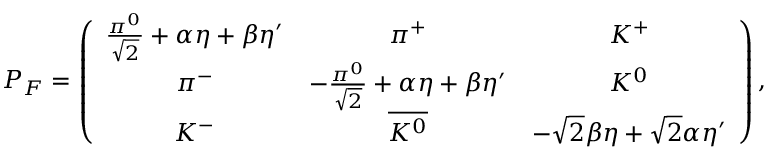
P _ { F } = \left( \begin{array} { c c c } { { \frac { \pi ^ { 0 } } { \sqrt { 2 } } + \alpha \eta + \beta \eta ^ { \prime } } } & { { \pi ^ { + } } } & { { K ^ { + } } } \\ { { \pi ^ { - } } } & { { - \frac { \pi ^ { 0 } } { \sqrt { 2 } } + \alpha \eta + \beta \eta ^ { \prime } } } & { { K ^ { 0 } } } \\ { { K ^ { - } } } & { { \overline { { { K ^ { 0 } } } } } } & { { - \sqrt { 2 } \beta \eta + \sqrt { 2 } \alpha \eta ^ { \prime } } } \end{array} \right) ,